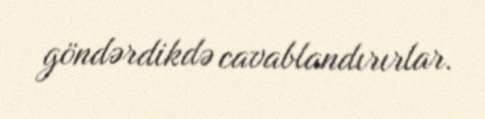
göndərdikdə cavablandırırlar.